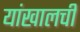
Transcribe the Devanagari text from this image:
यांखालची